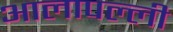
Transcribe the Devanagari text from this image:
आलापल्ली